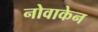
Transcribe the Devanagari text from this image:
नोवाकेन